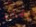
بحالة